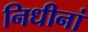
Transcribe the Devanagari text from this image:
निधीनां